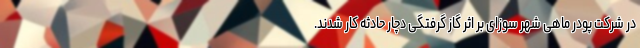
در شرکت پودر ماهی شهر سوزای بر اثر گاز گرفتگی دچار حادثه کار شدند.